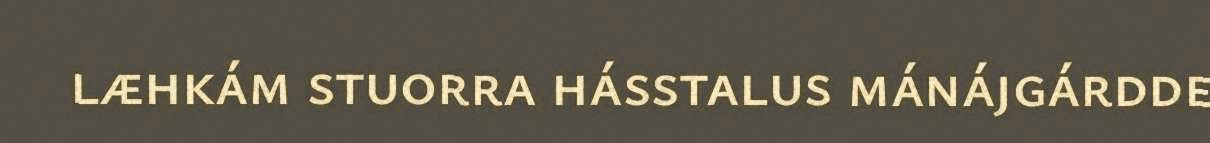
læhkám stuorra hásstalus mánájgárdde